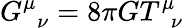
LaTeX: G_{\, \, \, \nu}^{\mu}=8\pi GT_{\, \, \, \nu}^{\mu}